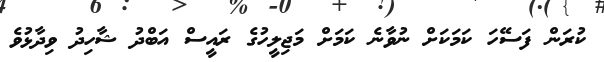
ކުރަން ފަސޭހަ ކަމަކަށް ނުވާނެ ކަމަށް މަޖިލީހުގެ ރައީސް އަބްދު ޝާހިދު ވިދާޅުވެ